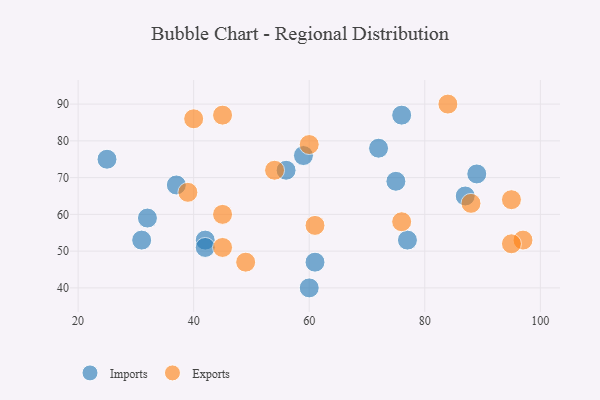
{"axis": {"x": "GDP", "y": "Life Expectancy"}, "legend": ["Exports", "Imports"], "data": [{"x": "75", "y": 69, "type": "Imports"}, {"x": "32", "y": 59, "type": "Imports"}, {"x": "60", "y": 40, "type": "Imports"}, {"x": "42", "y": 53, "type": "Imports"}, {"x": "76", "y": 87, "type": "Imports"}, {"x": "42", "y": 51, "type": "Imports"}, {"x": "59", "y": 76, "type": "Imports"}, {"x": "61", "y": 47, "type": "Imports"}, {"x": "72", "y": 78, "type": "Imports"}, {"x": "31", "y": 53, "type": "Imports"}, {"x": "25", "y": 75, "type": "Imports"}, {"x": "56", "y": 72, "type": "Imports"}, {"x": "87", "y": 65, "type": "Imports"}, {"x": "77", "y": 53, "type": "Imports"}, {"x": "89", "y": 71, "type": "Imports"}, {"x": "37", "y": 68, "type": "Imports"}, {"x": "95", "y": 64, "type": "Exports"}, {"x": "97", "y": 53, "type": "Exports"}, {"x": "40", "y": 86, "type": "Exports"}, {"x": "61", "y": 57, "type": "Exports"}, {"x": "45", "y": 51, "type": "Exports"}, {"x": "60", "y": 79, "type": "Exports"}, {"x": "88", "y": 63, "type": "Exports"}, {"x": "45", "y": 60, "type": "Exports"}, {"x": "45", "y": 87, "type": "Exports"}, {"x": "54", "y": 72, "type": "Exports"}, {"x": "84", "y": 90, "type": "Exports"}, {"x": "76", "y": 58, "type": "Exports"}, {"x": "95", "y": 52, "type": "Exports"}, {"x": "49", "y": 47, "type": "Exports"}, {"x": "39", "y": 66, "type": "Exports"}]}